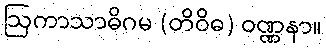
ဩကာသာဓိဂမ (တိဝိဓ) ဝဏ္ဏနာ။